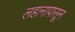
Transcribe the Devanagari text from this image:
लहानापासून